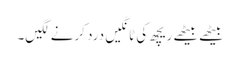
بیٹھے بیٹھے ریچھ کی ٹانگیں درد کرنے لگیں۔